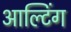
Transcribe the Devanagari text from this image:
आल्टिंग